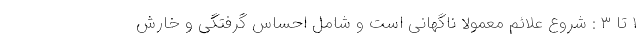
۱ تا ۳ : شروع علائم معمولا ناگهانی است و شامل احساس گرفتگی و خارش